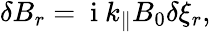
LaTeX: \begin{array}{r}{\delta B_{r}=\mathrm{~i~}k_{\parallel}B_{0}\delta\xi_{r},}\end{array}